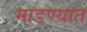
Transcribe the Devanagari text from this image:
माडण्यात